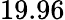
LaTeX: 19.96